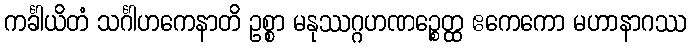
ကင်္ခါယိတံ သင်္ဂါဟကေနာတိ ဥစ္စာ မနုဿဂ္ဂဟဏဉ္စေတ္ထ ဧကေကော မဟာနာဂဿ